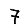
Digit: 7